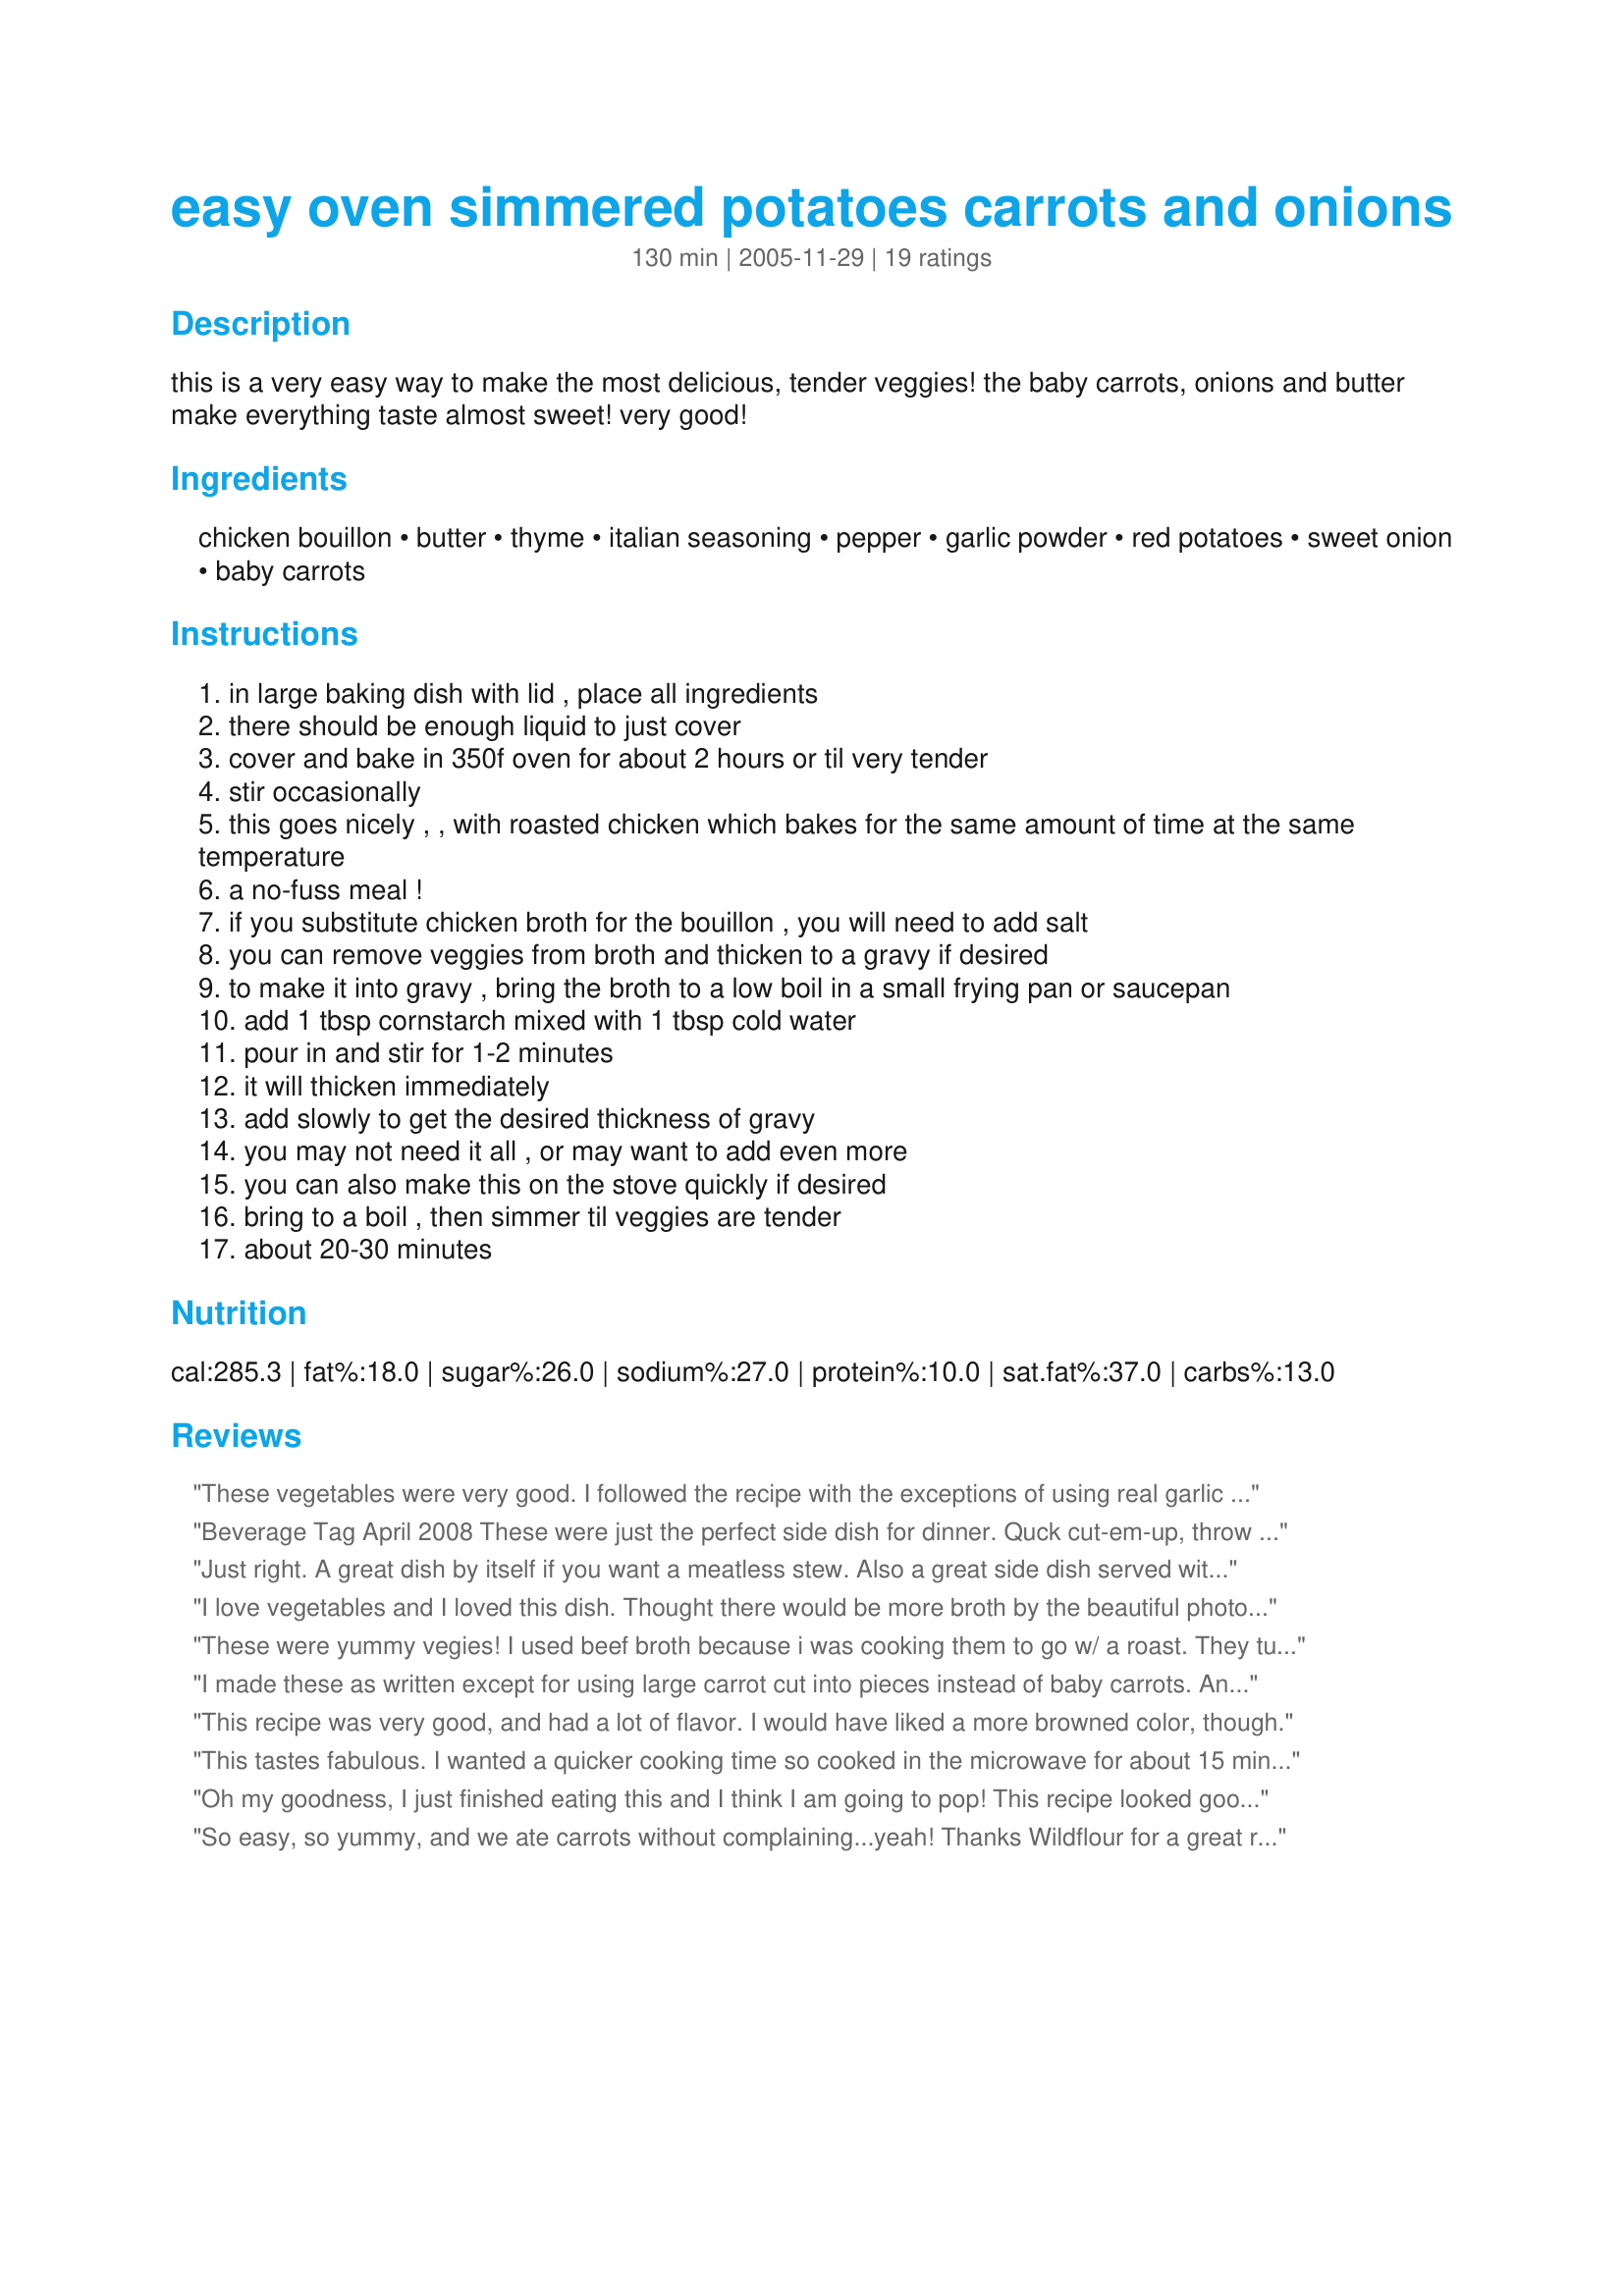
easy oven simmered potatoes carrots and onions
Preparation time: 130 minutes

this is a very easy way to make the most delicious, tender veggies! the baby carrots, onions and butter make everything taste almost sweet! very good!

Ingredients:
chicken bouillon, butter, thyme, italian seasoning, pepper, garlic powder, red potatoes, sweet onion, baby carrots

Steps:
in large baking dish with lid , place all ingredients
there should be enough liquid to just cover
cover and bake in 350f oven for about 2 hours or til very tender
stir occasionally
this goes nicely , , with roasted chicken which bakes for the same amount of time at the same temperature
a no-fuss meal !
if you substitute chicken broth for the bouillon , you will need to add salt
you can remove veggies from broth and thicken to a gravy if desired
to make it into gravy , bring the broth to a low boil in a small frying pan or saucepan
add 1 tbsp cornstarch mixed with 1 tbsp cold water
pour in and stir for 1-2 minutes
it will thicken immediately
add slowly to get the desired thickness of gravy
you may not need it all , or may want to add even more
you can also make this on the stove quickly if desired
bring to a boil , then simmer til veggies are tender
about 20-30 minutes

Reviews:
These vegetables were very good. I followed the recipe with the exceptions of using real garlic and cutting the onions in wedges. I served this with Recipe #146717 - Super Easy Garlic Chicken and Garlic Bread Sticks. It made a really wonderful dinner. This will be going in my "Will have again" cookbook, Peacefulnightdove! Also, there was some leftover liquid with a few vegetables in it. I put this in a freezer bag and labeled it "Oven-Roasted Chicken Broth with vegetables and will use it with noodles for a soup or stew later in the winter.
Beverage Tag April 2008
These were just the perfect side dish for dinner. Quck cut-em-up, throw together and in the oven with the rest of dinner. Fabulous. Made with garlic crusted chicken breasts. YUMMY
Just right. A great dish by itself if you want a meatless stew. Also a great side dish served with any type of meat.
I love vegetables and I loved this dish. Thought there would be more broth by the beautiful photos posted, so next time I would add more chicken broth for the wonderful gravy. This was sooo good. I served this with an eye round roast that was sprinkled with kosher salt and garlic powder and served with recipe#111627 for a dipping sauce
These were yummy vegies! I used beef broth because i was cooking them to go w/ a roast. They turned out great. I used the juice they were cooked in to 'top-up' my gravy-delicious!
I made these as written except for using large carrot cut into pieces instead of baby carrots. An excellent dish I'll be making again.
This recipe was very good, and had a lot of flavor. I would have liked a more browned color, though.
This tastes fabulous. I wanted a quicker cooking time so cooked in the microwave for about 15 mins beforehand before transferring to the oven. These are sweet tasting & full of flavour, a great vegie side! Thanks for posting! I think these could be cooked fully in the microwave too if you wanted dinner quicker!
Oh my goodness, I just finished eating this and I think I am going to pop! This recipe looked good so I thought I would try it. I had one chicken breast in the freezer that I needed to use, so I thawed it and browned it a little in one tablespoon of butter. then I put it in the middle of my casserole and added the potatoes, carrots, and onions around it. In the same pan that I browned the chicken breast, I added the two tablespoons of butter and the rest of the ingredients. I heated the mixture a little bit and poured it over the chicken, potatoes, carrots and onions. I put it in the oven at 350 for two hours. I thickened the broth and served it with a salad. It was so very delicious!!! I can see me adding frozen peas and calling it chicken stew.&lt;br/&gt;Thank you so much Wildflour for submitting this. I will add it to my favorites.
So easy, so yummy, and we ate carrots without complaining...yeah! Thanks Wildflour for a great recipe that i will make again.
Absolutely delicious! I left out the onions due to DH's allergies, and thyme because we didn't have any. Instead of using garlic powder, I used minced garlic. Tasted wonderful! I served this with a moose roast that I cooked in the slow cooker. Will make again, thank you!
Fantastic! Very easy and the flavor was perfect. Made for the Epicurean Queens ZWT5: Australia/New Zealand.
I made these on the stove top and it took me about 25 minutes to get them nice and tender. I love the sweetness of the baby carrots. Thanks for a great recipe.
I made this in a large pan on stove and in 30 minutes it was ready to be served. I didn't adapt the recipe in anyway and will not in the future. It was just perfect!
Simple, easy, tasty. These days I grab such recipes, instead of very fancy ones! I used beef stock because the flavour is slightly more intense than chicken. This made, with stuffed tomatoes, a great side dish to roast chicken. I made mine on the stovetop. Thanks!!
Made this for ZWT5 for AUS/NZ along with Recipe #365777 (also for ZWT AUS/NZ), and it was AWESOME. I will make this many more times. I followed the directions exactly except for using baby Yukon Gold potatoes instead of red. Thanks for a keeper! :-)
I know you were supposed to have cooked this in the oven but I chose to ccok this on top of the oven, bringing this to a boil then putting it on simmer for an hour. I hope the pictures say more than words. So worth trying. Beside the cooking I change nothing. Thanks for posting a great recipe for us all to try.
Made for ZWT5. My entire family enjoyed this! Even my picky DD who is hard to get to eat ANYTHING!! The seasoning was great, and reminded me of good,home cooked food. Esp. liked the thyme in this!!! I covered it with foil and only had to bake 1hr. 20 minutes til it was just the way we like it.
We thought this was absolutely delicious! Made exactly as written and I had a lot of broth leftover which I froze for future use in a soup. I served this dish alongside ham so did not make a gravy, and it was a nice accompaniment to the ham.Definitely will make this often, thx Wildflour!
